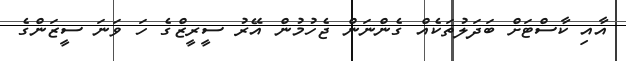
އާއި ކާސްޓަށް ބަދަލުތަކެއް ގެންނަން ޖެހުމުން އޭރު ސީރީޒްގެ ހަ ވަނަ ސީޒަންގެ